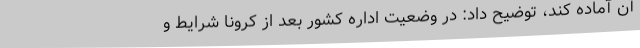
آن آماده کند، توضیح داد: در وضعیت اداره کشور بعد از کرونا شرایط و